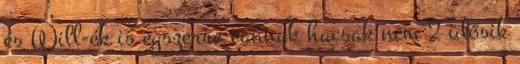
és Will-ék is egszerre vannak hacsak nem 2 idősik